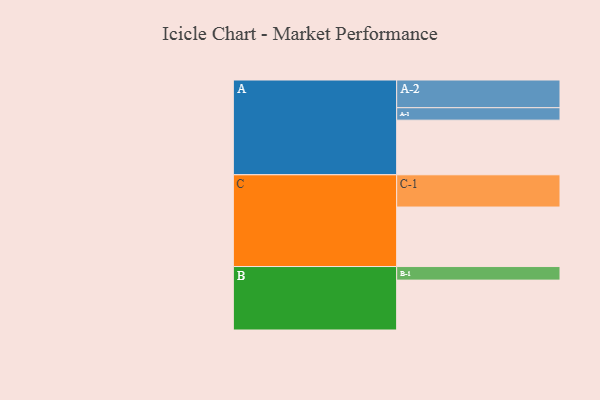
{"axis": {"x": "Segment", "y": "Value"}, "legend": ["", "A", "B", "C"], "data": [{"x": "A", "y": 483, "type": ""}, {"x": "B", "y": 441, "type": ""}, {"x": "C", "y": 526, "type": ""}, {"x": "A-1", "y": 110, "type": "A"}, {"x": "A-2", "y": 245, "type": "A"}, {"x": "B-1", "y": 120, "type": "B"}, {"x": "C-1", "y": 285, "type": "C"}]}